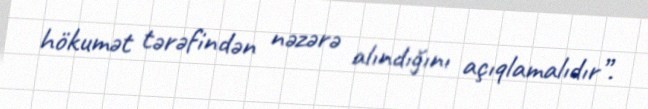
hökumət tərəfindən nəzərə alındığını açıqlamalıdır”.